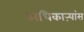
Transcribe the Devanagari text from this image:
अधिकाऱ्यांस